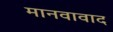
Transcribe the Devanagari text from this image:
मानवावाद